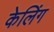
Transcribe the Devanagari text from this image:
केलिंग